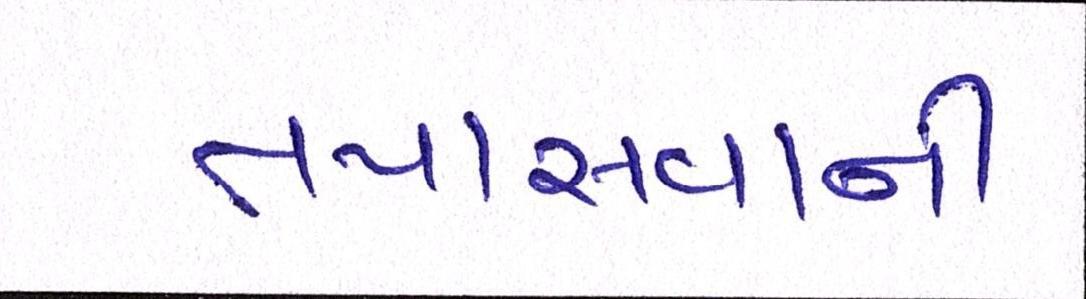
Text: તપાસવાની